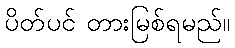
ပိတ်ပင် တားမြစ်ရမည်။